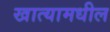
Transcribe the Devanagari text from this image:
खात्यामधील